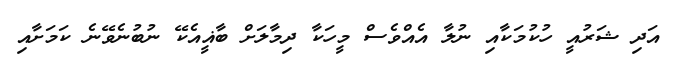
އަދި ޝަރުއީ ހުކުމަކާއި ނުލާ އެއްވެސް މީހަކާ ދިމާލަށް ބާޣީއެކޭ ނުބުނެވޭނެ ކަމަށާއި